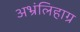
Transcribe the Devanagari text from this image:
अभ्रंलिहाग्र